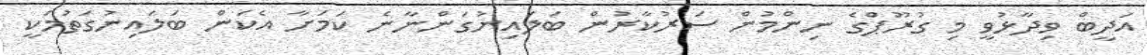
އަދީބް ވިދާޅުވީ މި ގުރޫޕްގެ ނިންމުން ސަރުކާރުން ބަލައިނުގަންނާނެ ކަމަށާ އެކަން ބަލައިނުގަތުމަކީ